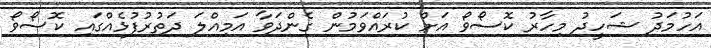
އަހުމަދު ޝަހީދު މިހާރު ކޮސޯވޯ އަށް ކުރައްވަމުން ގެންދަވާ އަމިއްލަ ދަތުރުފުޅެއްގައި ކޮސޯވޯ